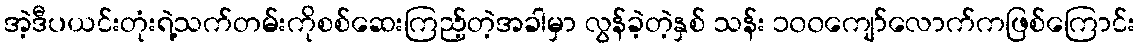
အဲ့ဒီပယင်းတုံးရဲ့သက်တမ်းကိုစစ်ဆေးကြည့်တဲ့အခါမှာ လွန်ခဲ့တဲ့နှစ် သန်း ၁၀၀ကျော်လောက်ကဖြစ်ကြောင်း